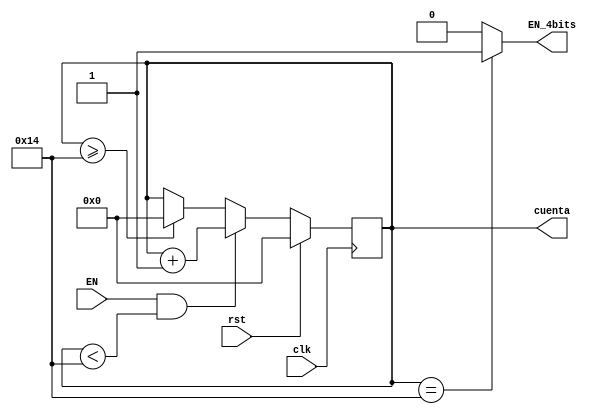
module timer_200ms #(parameter cuentamaxima=20)(
    input rst,clk,EN,
    output reg [21:0] cuenta,
    output reg EN_4bits
);
//2000000

always @(posedge clk) begin
    if (rst) cuenta<=0;
    else if(EN&&cuenta<cuentamaxima) cuenta<=cuenta+1;
    else if (cuenta>=cuentamaxima) cuenta<=0;
    else cuenta<=cuenta;
end

always @(*) begin
    if (cuenta==cuentamaxima)EN_4bits=1;
    else EN_4bits=0;
end


endmodule